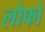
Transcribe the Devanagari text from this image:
लोफो